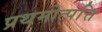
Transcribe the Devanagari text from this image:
प्रथमोत्पत्ति